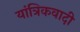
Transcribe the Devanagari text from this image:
यांत्रिकवादी